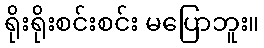
ရိုးရိုးစင်းစင်း မပြောဘူး။